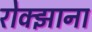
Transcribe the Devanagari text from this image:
रोक्झाना